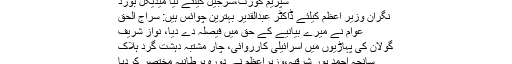
سپریم کورٹ،شرجیل کیلئے نیا میڈیکل بورڈ
نگران وزیرِ اعظم کیلئے ڈاکٹر عبدالقدیر بہترین چوائس ہیں: سراج الحق
عوام نے میرے بیانیے کے حق میں فیصلہ دے دیا، نواز شریف
گولان کی پہاڑیوں میں اسرائیلی کارروائی، چار مشتبہ دہشت گرد ہلاک
سانحہ احمد پور شرقیہ،وزیراعظم نے دورہ برطانیہ مختصر کردیا